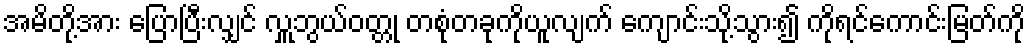
အမိတို့အား ပြောပြီးလျှင် လှူဘွယ်ဝတ္တု တစုံတခုကိုယူလျက် ကျောင်းသို့သွား၍ ကိုရင်ကောင်းမြတ်ကို